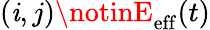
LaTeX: (\mathit{i},j)\notinE_{\mathrm{{eff}}}(t)